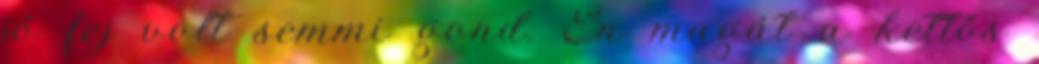
jó fej volt semmi gond. Én magát a kettős